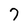
Character: 7